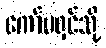
ကော်မရှင်သို့